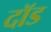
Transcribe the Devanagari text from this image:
दॉड